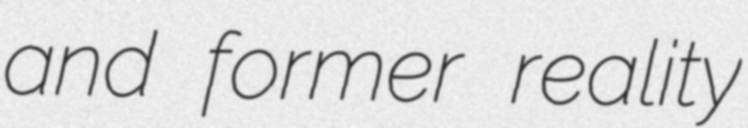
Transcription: and former reality